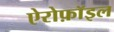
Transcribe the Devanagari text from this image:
ऐरोफ़ॉइल